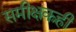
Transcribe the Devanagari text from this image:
समीक्षकही